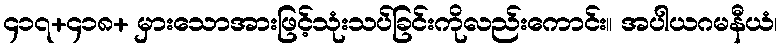
၄၁၇+၄၁၈+ မှားသောအားဖြင့်သုံးသပ်ခြင်းကိုလည်းကောင်း။ အပါယဂမနီယံ၊